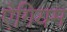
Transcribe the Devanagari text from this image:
ऐगियम